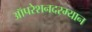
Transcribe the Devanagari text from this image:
ऑपरेशनदरम्यान